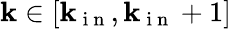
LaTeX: \mathbf{k}\in[\mathbf{k}_{\mathrm{{~i~n~}}},\mathbf{k}_{\mathrm{{~i~n~}}}+1]